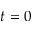
t = 0